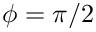
\phi = \pi / 2